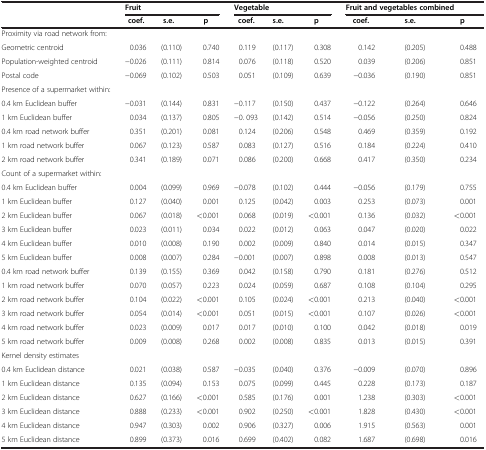
<table><thead><tr><td><b> </b></td><td colspan="3"><b>Fruit</b></td><td colspan="3"><b>Vegetable</b></td><td colspan="3"><b>Fruit and vegetables combined</b></td></tr><tr><td><b> </b></td><td><b>coef.</b></td><td><b>s.e.</b></td><td><b>p</b></td><td><b>coef.</b></td><td><b>s.e.</b></td><td><b>p</b></td><td><b>coef.</b></td><td><b>s.e.</b></td><td><b>p</b></td></tr></thead><tbody><tr><td>Proximity via road network from:</td><td> </td><td> </td><td> </td><td> </td><td> </td><td> </td><td> </td><td> </td><td> </td></tr><tr><td>Geometric centroid</td><td>0.036</td><td>(0.110)</td><td>0.740</td><td>0.119</td><td>(0.117)</td><td>0.308</td><td>0.142</td><td>(0.205)</td><td>0.488</td></tr><tr><td>Population-weighted centroid</td><td>−0.026</td><td>(0.111)</td><td>0.814</td><td>0.076</td><td>(0.118)</td><td>0.520</td><td>0.039</td><td>(0.206)</td><td>0.851</td></tr><tr><td>Postal code</td><td>−0.069</td><td>(0.102)</td><td>0.503</td><td>0.051</td><td>(0.109)</td><td>0.639</td><td>−0.036</td><td>(0.190)</td><td>0.851</td></tr><tr><td>Presence of a supermarket within:</td><td> </td><td> </td><td> </td><td> </td><td> </td><td> </td><td> </td><td> </td><td> </td></tr><tr><td>0.4 km Euclidean buffer</td><td>−0.031</td><td>(0.144)</td><td>0.831</td><td>−0.117</td><td>(0.150)</td><td>0.437</td><td>−0.122</td><td>(0.264)</td><td>0.646</td></tr><tr><td>1 km Euclidean buffer</td><td>0.034</td><td>(0.137)</td><td>0.805</td><td>−0. 093</td><td>(0.142)</td><td>0.514</td><td>−0.056</td><td>(0.250)</td><td>0.824</td></tr><tr><td>0.4 km road network buffer</td><td>0.351</td><td>(0.201)</td><td>0.081</td><td>0.124</td><td>(0.206)</td><td>0.548</td><td>0.469</td><td>(0.359)</td><td>0.192</td></tr><tr><td>1 km road network buffer</td><td>0.067</td><td>(0.123)</td><td>0.587</td><td>0.083</td><td>(0.127)</td><td>0.516</td><td>0.184</td><td>(0.224)</td><td>0.410</td></tr><tr><td>2 km road network buffer</td><td>0.341</td><td>(0.189)</td><td>0.071</td><td>0.086</td><td>(0.200)</td><td>0.668</td><td>0.417</td><td>(0.350)</td><td>0.234</td></tr><tr><td>Count of a supermarket within:</td><td> </td><td> </td><td> </td><td> </td><td> </td><td> </td><td> </td><td> </td><td> </td></tr><tr><td>0.4 km Euclidean buffer</td><td>0.004</td><td>(0.099)</td><td>0.969</td><td>−0.078</td><td>(0.102)</td><td>0.444</td><td>−0.056</td><td>(0.179)</td><td>0.755</td></tr><tr><td>1 km Euclidean buffer</td><td>0.127</td><td>(0.040)</td><td>0.001</td><td>0.125</td><td>(0.042)</td><td>0.003</td><td>0.253</td><td>(0.073)</td><td>0.001</td></tr><tr><td>2 km Euclidean buffer</td><td>0.067</td><td>(0.018)</td><td>&lt;0.001</td><td>0.068</td><td>(0.019)</td><td>&lt;0.001</td><td>0.136</td><td>(0.032)</td><td>&lt;0.001</td></tr><tr><td>3 km Euclidean buffer</td><td>0.023</td><td>(0.011)</td><td>0.034</td><td>0.022</td><td>(0.012)</td><td>0.063</td><td>0.047</td><td>(0.020)</td><td>0.022</td></tr><tr><td>4 km Euclidean buffer</td><td>0.010</td><td>(0.008)</td><td>0.190</td><td>0.002</td><td>(0.009)</td><td>0.840</td><td>0.014</td><td>(0.015)</td><td>0.347</td></tr><tr><td>5 km Euclidean buffer</td><td>0.008</td><td>(0.007)</td><td>0.284</td><td>−0.001</td><td>(0.007)</td><td>0.898</td><td>0.008</td><td>(0.013)</td><td>0.547</td></tr><tr><td>0.4 km road network buffer</td><td>0.139</td><td>(0.155)</td><td>0.369</td><td>0.042</td><td>(0.158)</td><td>0.790</td><td>0.181</td><td>(0.276)</td><td>0.512</td></tr><tr><td>1 km road network buffer</td><td>0.070</td><td>(0.057)</td><td>0.223</td><td>0.024</td><td>(0.059)</td><td>0.687</td><td>0.108</td><td>(0.104)</td><td>0.295</td></tr><tr><td>2 km road network buffer</td><td>0.104</td><td>(0.022)</td><td>&lt;0.001</td><td>0.105</td><td>(0.024)</td><td>&lt;0.001</td><td>0.213</td><td>(0.040)</td><td>&lt;0.001</td></tr><tr><td>3 km road network buffer</td><td>0.054</td><td>(0.014)</td><td>&lt;0.001</td><td>0.051</td><td>(0.015)</td><td>&lt;0.001</td><td>0.107</td><td>(0.026)</td><td>&lt;0.001</td></tr><tr><td>4 km road network buffer</td><td>0.023</td><td>(0.009)</td><td>0.017</td><td>0.017</td><td>(0.010)</td><td>0.100</td><td>0.042</td><td>(0.018)</td><td>0.019</td></tr><tr><td>5 km road network buffer</td><td>0.009</td><td>(0.008)</td><td>0.268</td><td>0.002</td><td>(0.008)</td><td>0.835</td><td>0.013</td><td>(0.015)</td><td>0.391</td></tr><tr><td>Kernel density estimates</td><td> </td><td> </td><td> </td><td> </td><td> </td><td> </td><td> </td><td> </td><td> </td></tr><tr><td>0.4 km Euclidean distance</td><td>0.021</td><td>(0.038)</td><td>0.587</td><td>−0.035</td><td>(0.040)</td><td>0.376</td><td>−0.009</td><td>(0.070)</td><td>0.896</td></tr><tr><td>1 km Euclidean distance</td><td>0.135</td><td>(0.094)</td><td>0.153</td><td>0.075</td><td>(0.099)</td><td>0.445</td><td>0.228</td><td>(0.173)</td><td>0.187</td></tr><tr><td>2 km Euclidean distance</td><td>0.627</td><td>(0.166)</td><td>&lt;0.001</td><td>0.585</td><td>(0.176)</td><td>0.001</td><td>1.238</td><td>(0.303)</td><td>&lt;0.001</td></tr><tr><td>3 km Euclidean distance</td><td>0.888</td><td>(0.233)</td><td>&lt;0.001</td><td>0.902</td><td>(0.250)</td><td>&lt;0.001</td><td>1.828</td><td>(0.430)</td><td>&lt;0.001</td></tr><tr><td>4 km Euclidean distance</td><td>0.947</td><td>(0.303)</td><td>0.002</td><td>0.906</td><td>(0.327)</td><td>0.006</td><td>1.915</td><td>(0.563)</td><td>0.001</td></tr><tr><td>5 km Euclidean distance</td><td>0.899</td><td>(0.373)</td><td>0.016</td><td>0.699</td><td>(0.402)</td><td>0.082</td><td>1.687</td><td>(0.698)</td><td>0.016</td></tr></tbody></table>